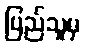
ပြည်သူမှ